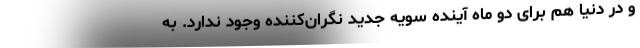
و در دنیا هم برای دو ماه آینده سویه جدید نگران‌کننده وجود ندارد. به